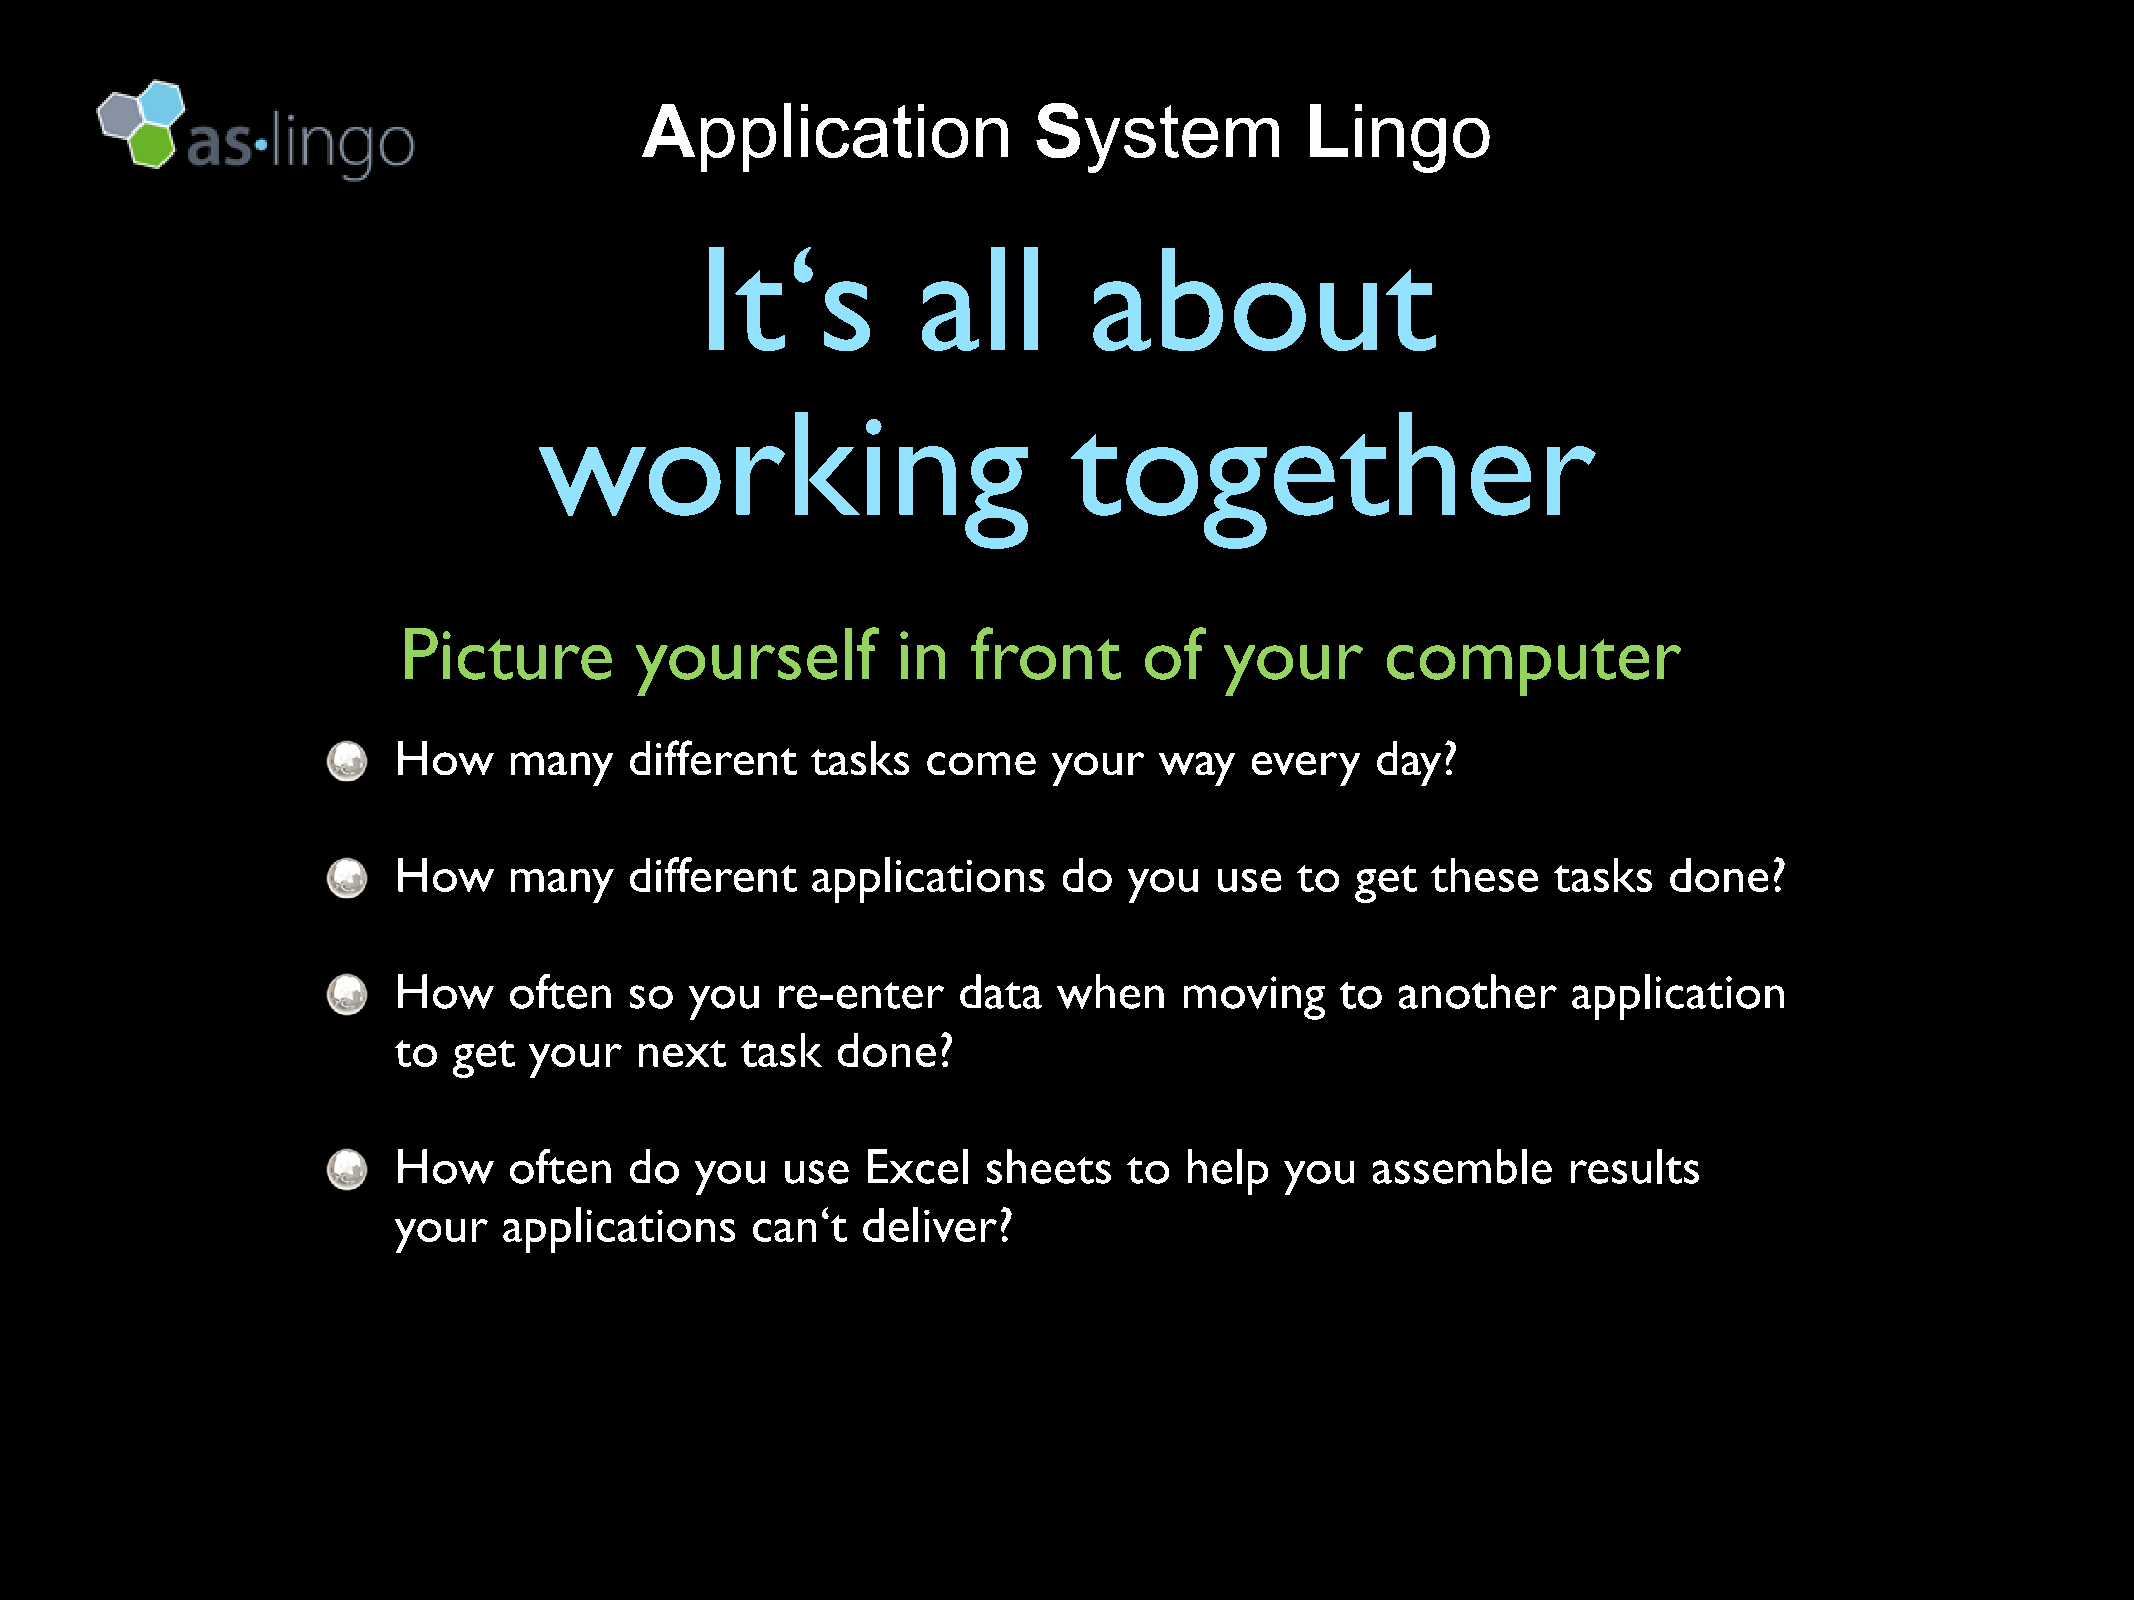
Application               System            Lingo
 It‘s           all        about
 working                            together
 Picture         yourself         in   front       of   your       computer
 How     many    different   tasks  come     your   way   every   day?
 How     many    different   applications    do   you  use   to  get  these   tasks  done?
 How     often   so  you  re-enter    data   when    moving     to another     application
 to  get  your   next   task  done?
 How     often   do  you   use  Excel   sheets    to help   you   assemble     results
 your   applications     can‘t  deliver?